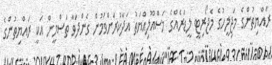
ރައްޔިތުންގެ މަޖިލީހުގެ މެޖޯރިޓީ ލީޑަރެއްގެ މަސްއޫލިއްޔަތު އަދާކުރަށްވަމުން ގެންދަވާ ތަސްމީން އަކީ ރައްޔިތުންގެ